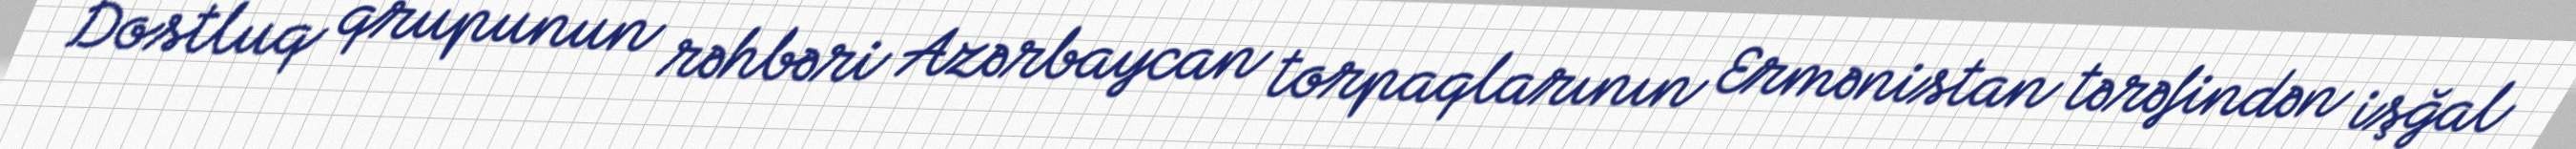
Dostluq qrupunun rəhbəri Azərbaycan torpaqlarının Ermənistan tərəfindən işğal